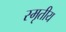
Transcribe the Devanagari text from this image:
स्मृतीय